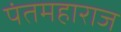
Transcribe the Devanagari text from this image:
पंतमहाराज